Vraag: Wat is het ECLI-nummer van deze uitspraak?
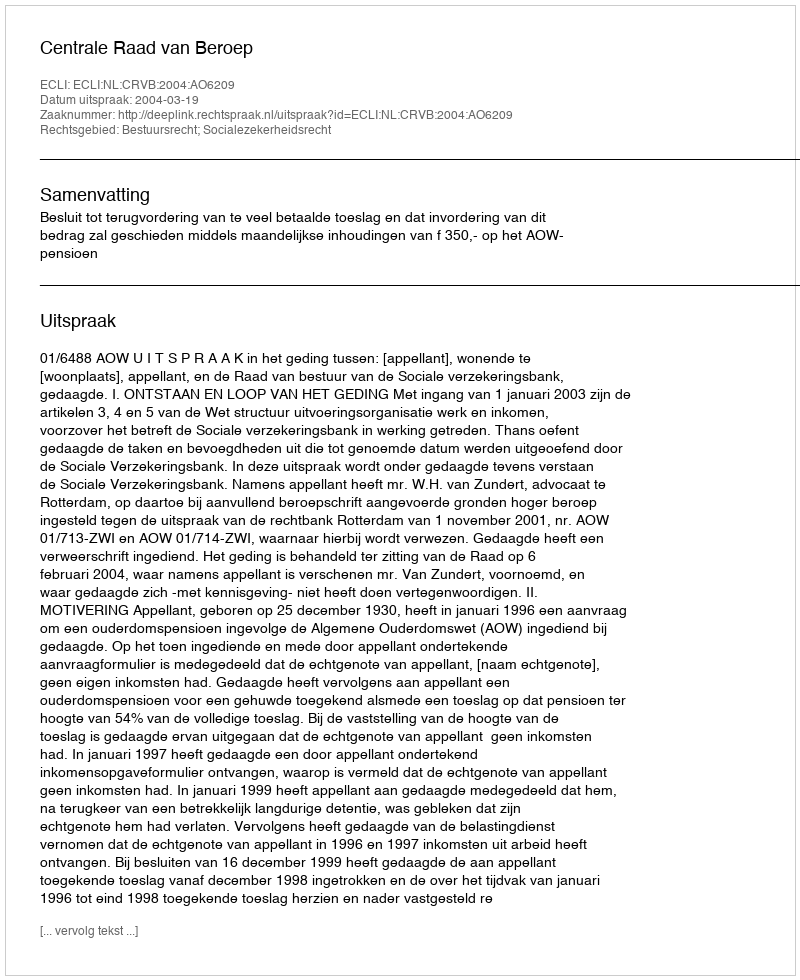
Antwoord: ECLI:NL:CRVB:2004:AO6209